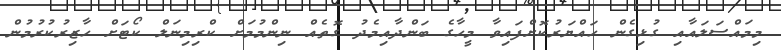
މިމައްސަލައާއި ގުޅިގެން ހައްޔަރުކޮށްފައިވާ މީހާގެ ބަންދާއިމެދު ގޮތެއް ނިންމުމަށް ކްރިމިނަލް ކޯޓަށް ހާޒިރުކުރުމުން